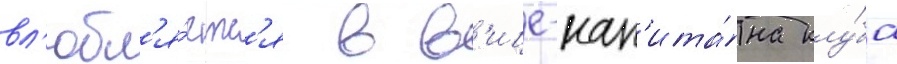
вл'юбл'я́етс'я в в'ице-кап'ита́на клу́ба